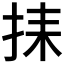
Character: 𢬗